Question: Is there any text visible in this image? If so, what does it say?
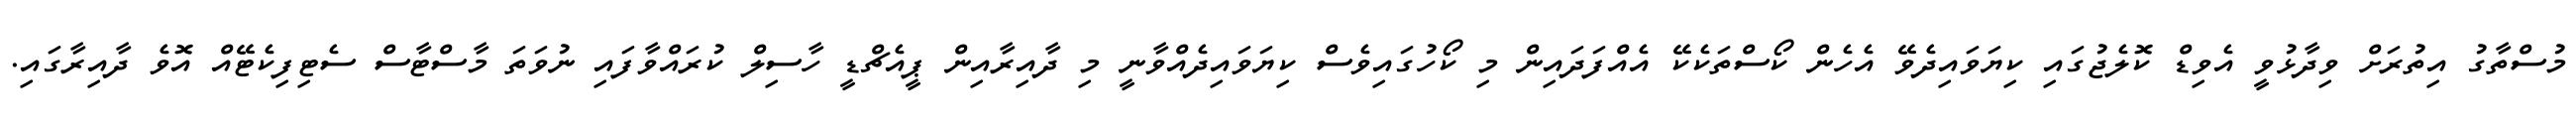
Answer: މުސްތާގު އިތުރަށް ވިދާޅުވީ އެވިޑް ކޮލެޖުގައި ކިޔަވައިދެވޭ އެހެން ކޯސްތަކެކޭ އެއްފަދައިން މި ކޯހުގައިވެސް ކިޔަވައިދެއްވާނީ މި ދާއިރާއިން ޕީއެޗްޑީ ހާސިލް ކުރައްވާފައި ނުވަތަ މާސްޓާސް ސެޓިފިކެޓޭއް އޮވެ ދާއިރާގައި.